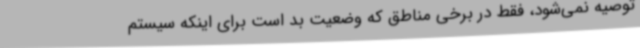
توصیه نمی‌شود، فقط در برخی مناطق که وضعیت بد است برای اینکه سیستم